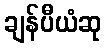
ချန်ပီယံဆု